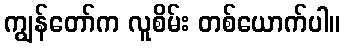
ကျွန်တော်က လူစိမ်း တစ်ယောက်ပါ။